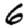
Digit: 6